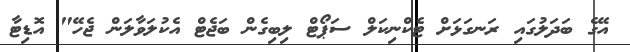
އޭގެ ބަދަލުގައި ރަނގަޅަށް ޓެކްނިކަލް ސަޕޯޓް ލިބިގެން ބަޖެޓް އެކުލަވާލަން ޖެހޭ" އޮޑިޓާ